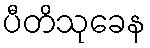
ပီတိသုခေန